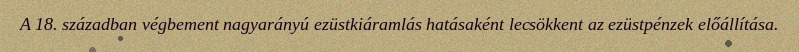
A 18. században végbement nagyarányú ezüstkiáramlás hatásaként lecsökkent az ezüstpénzek előállítása.